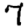
Digit: 7